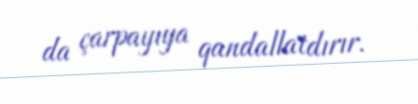
da çarpayıya qandallatdırır.